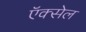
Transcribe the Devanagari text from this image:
ऍक्सेल